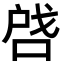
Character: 啔